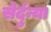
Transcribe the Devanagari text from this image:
सेर्दुन्या